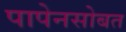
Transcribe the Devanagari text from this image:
पापेनसोबत